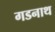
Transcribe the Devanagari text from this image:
गडनाथ